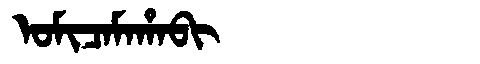
Manchu: ᠣᠮᡳᠴᠠᠮᠠᡥᠠᠪᡳ
Romanization: OMICAMAHABI